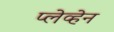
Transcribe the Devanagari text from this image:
प्लेव्हेन